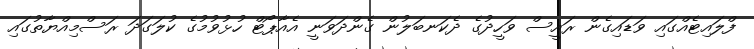
ފްލައިޓެއްގައި ވަޑައިގެން ރައީސް ވަހީދުގެ ދެކަނބަލުން ގެންދަވަނީ އެއާޕޯޓް ހުޅުވުމުގެ ކުލަގަދަ ރަސްމިއްޔާތުގައި